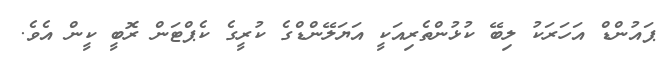
ޕައުންޑް އަހަރަކު ލިބޭ ކުޅުންތެރިއަކީ އަޔަލޭންޑްގެ ކުރީގެ ކެޕްޓަން ރޮބީ ކީން އެވެ.